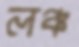
লঞ্চ